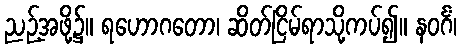
ညဉ့်အဖို့၌။ ရဟောဂတော၊ ဆိတ်ငြိမ်ရာသို့ကပ်၍။ နဝင်္ဂံ၊